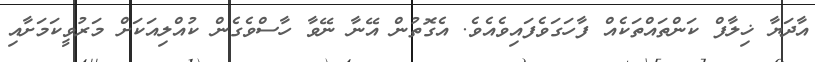
އާދަޔާ ޚިލާފް ކަންތައްތަކެއް ފާހަގަވެފައިވެއެވެ. އެގޮތުން އޭނާ ނޭވާ ހާސްވެގެން ކުއްލިއަކަށް މަރުވީކަމަށާއި